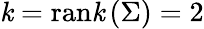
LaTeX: \mathit{k}={\mathrm{{ran\mathit{k}}}}\left(\Sigma\right)=2